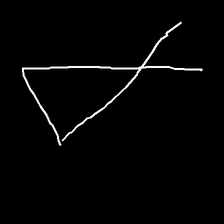
Glyph: collection